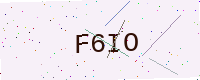
Text: F6IO